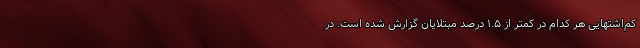
کم‌اشتهایی هر کدام در کمتر از ۱.۵ درصد مبتلایان گزارش شده است. در